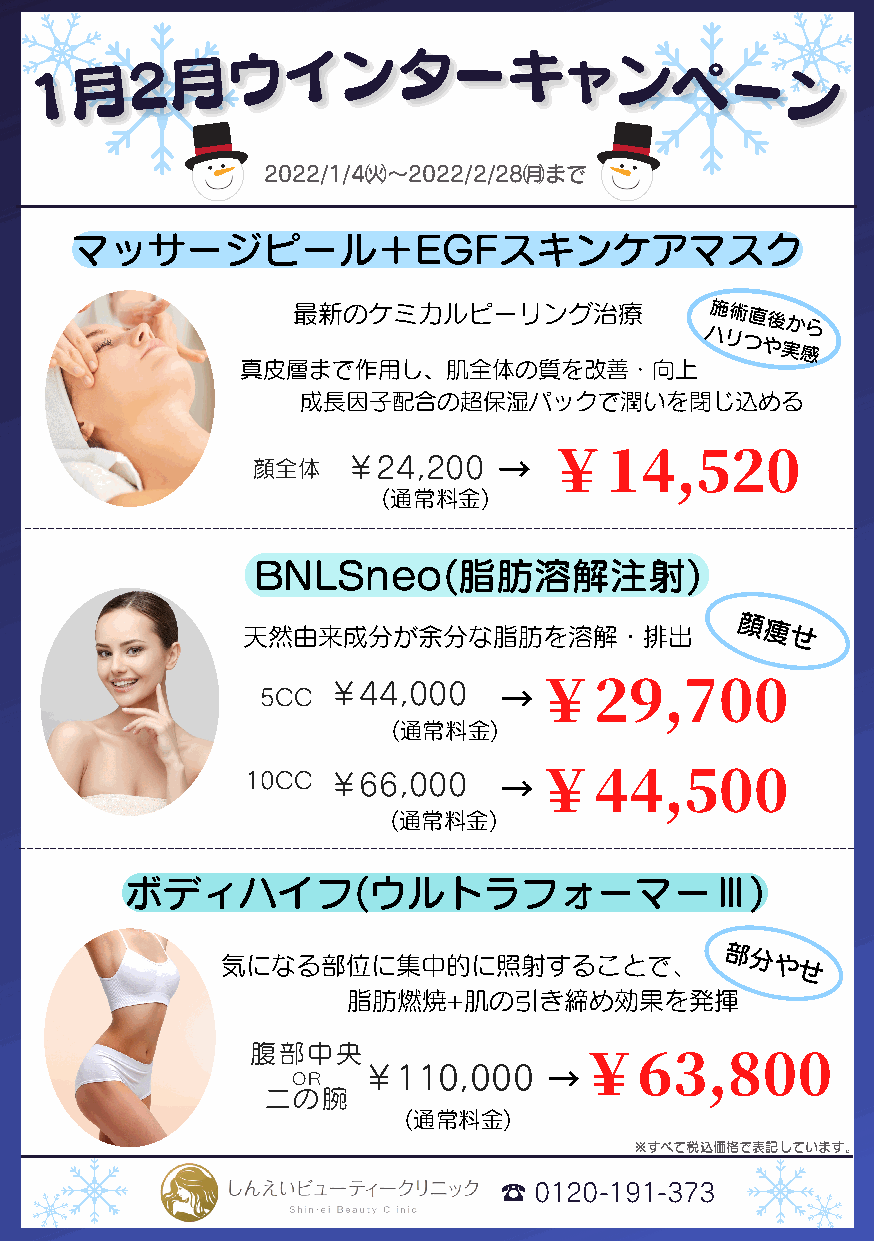
1
 ⽉2⽉ウインターキャンペー
 ン
 2022/1/4㈫〜2022/2/28㈪まで
 マッサージピール＋EGFスキンケアマスク
 最新のケミカルピーリング治療              施術直後から
 ハリつや実感
 真⽪層まで作⽤し、肌全体の質を改善・向上
 成⻑因⼦配合の超保湿パックで潤いを閉じ込める
 顔全体   ￥24,200   →  ￥14,520
 (通常料⾦)
 BNLSneo(脂肪溶解注射)
 顔
 天然由来成分が余分な脂肪を溶解・排出                痩 せ
 5CC
 ￥44,000    →￥29,700
 (通常料⾦)
 10CC  ￥66,000    →￥44,500
 (通常料⾦)
 ボディハイフ(ウルトラフォーマーⅢ)
 気になる部位に集中的に照射することで、
 部分やせ
 脂肪燃焼+肌の引き締め効果を発揮
 腹部中央
 ￥110,000
 →￥63,800
 OR
 ⼆の腕
 (通常料⾦)
 ※すべて税込価格で表記しています。
 ☎0120-191-373